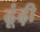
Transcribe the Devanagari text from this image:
ढूंढ़ी